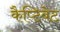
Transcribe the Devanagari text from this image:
कैप्टिवेट